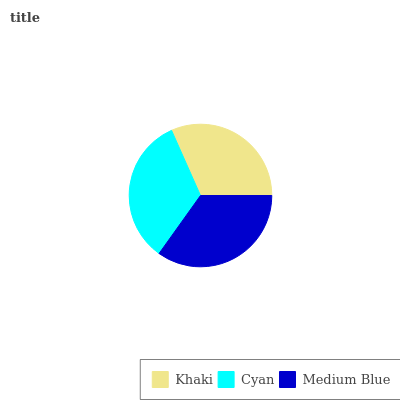
| Khaki | Cyan | Medium Blue |
 | --- | --- | --- |
 | 31.7% | 33.4% | 34.9% |